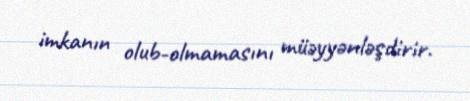
imkanın olub-olmamasını müəyyənləşdirir.